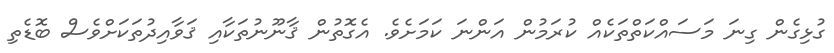
ގުޅިގެން ގިނަ މަސައްކަތްތަކެއް ކުރަމުން އަންނަ ކަމަށެވެ. އެގޮތުން ޤާނޫނުތަކާއި ޤަވާއިދުތަކަށްވެސް ބޮޑެތި